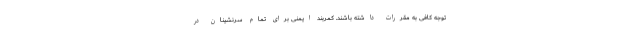
توجه کافی به مقررات داشته باشند. کمربند ایمنی برای تمام سرنشینان در